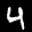
Label: 4